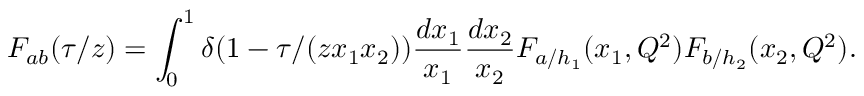
{ \cal F } _ { a b } ( \tau / z ) = \int _ { 0 } ^ { 1 } \delta ( 1 - \tau / ( z x _ { 1 } x _ { 2 } ) ) { \frac { d x _ { 1 } } { x _ { 1 } } } { \frac { d x _ { 2 } } { x _ { 2 } } } F _ { a / h _ { 1 } } ( x _ { 1 } , Q ^ { 2 } ) F _ { b / h _ { 2 } } ( x _ { 2 } , Q ^ { 2 } ) .